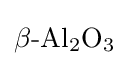
{\mathrm {\beta } {\text{-}}\mathrm {Al} {\vphantom {A}}_{\smash[{t}]{2}}\mathrm {O} {\vphantom {A}}_{\smash[{t}]{3}}}